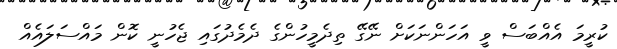
ކުރީމަ އެއްބަސް ވީ އަހަންނަކަށް ނޭގޭ ތިދެމީހުންގެ ދެމެދުގައި ޖެހުނީ ކޮން މައްސަލައެއް